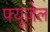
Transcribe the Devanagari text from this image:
फ्यूज़ेल